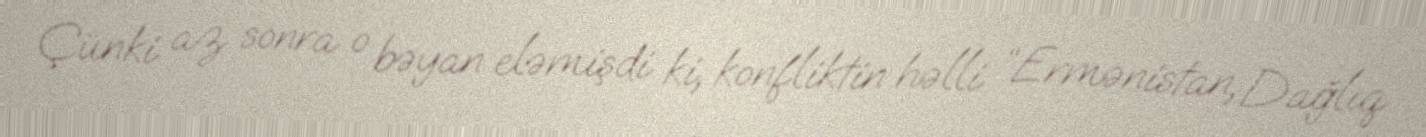
Çünki az sonra o bəyan eləmişdi ki, konfliktin həlli “Ermənistan, Dağlıq